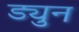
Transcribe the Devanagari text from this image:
ड्युन